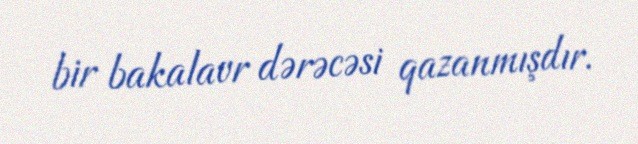
bir bakalavr dərəcəsi qazanmışdır.